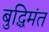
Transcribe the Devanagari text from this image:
बुद्धिमंत